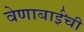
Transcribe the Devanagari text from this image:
वेणाबाईंची